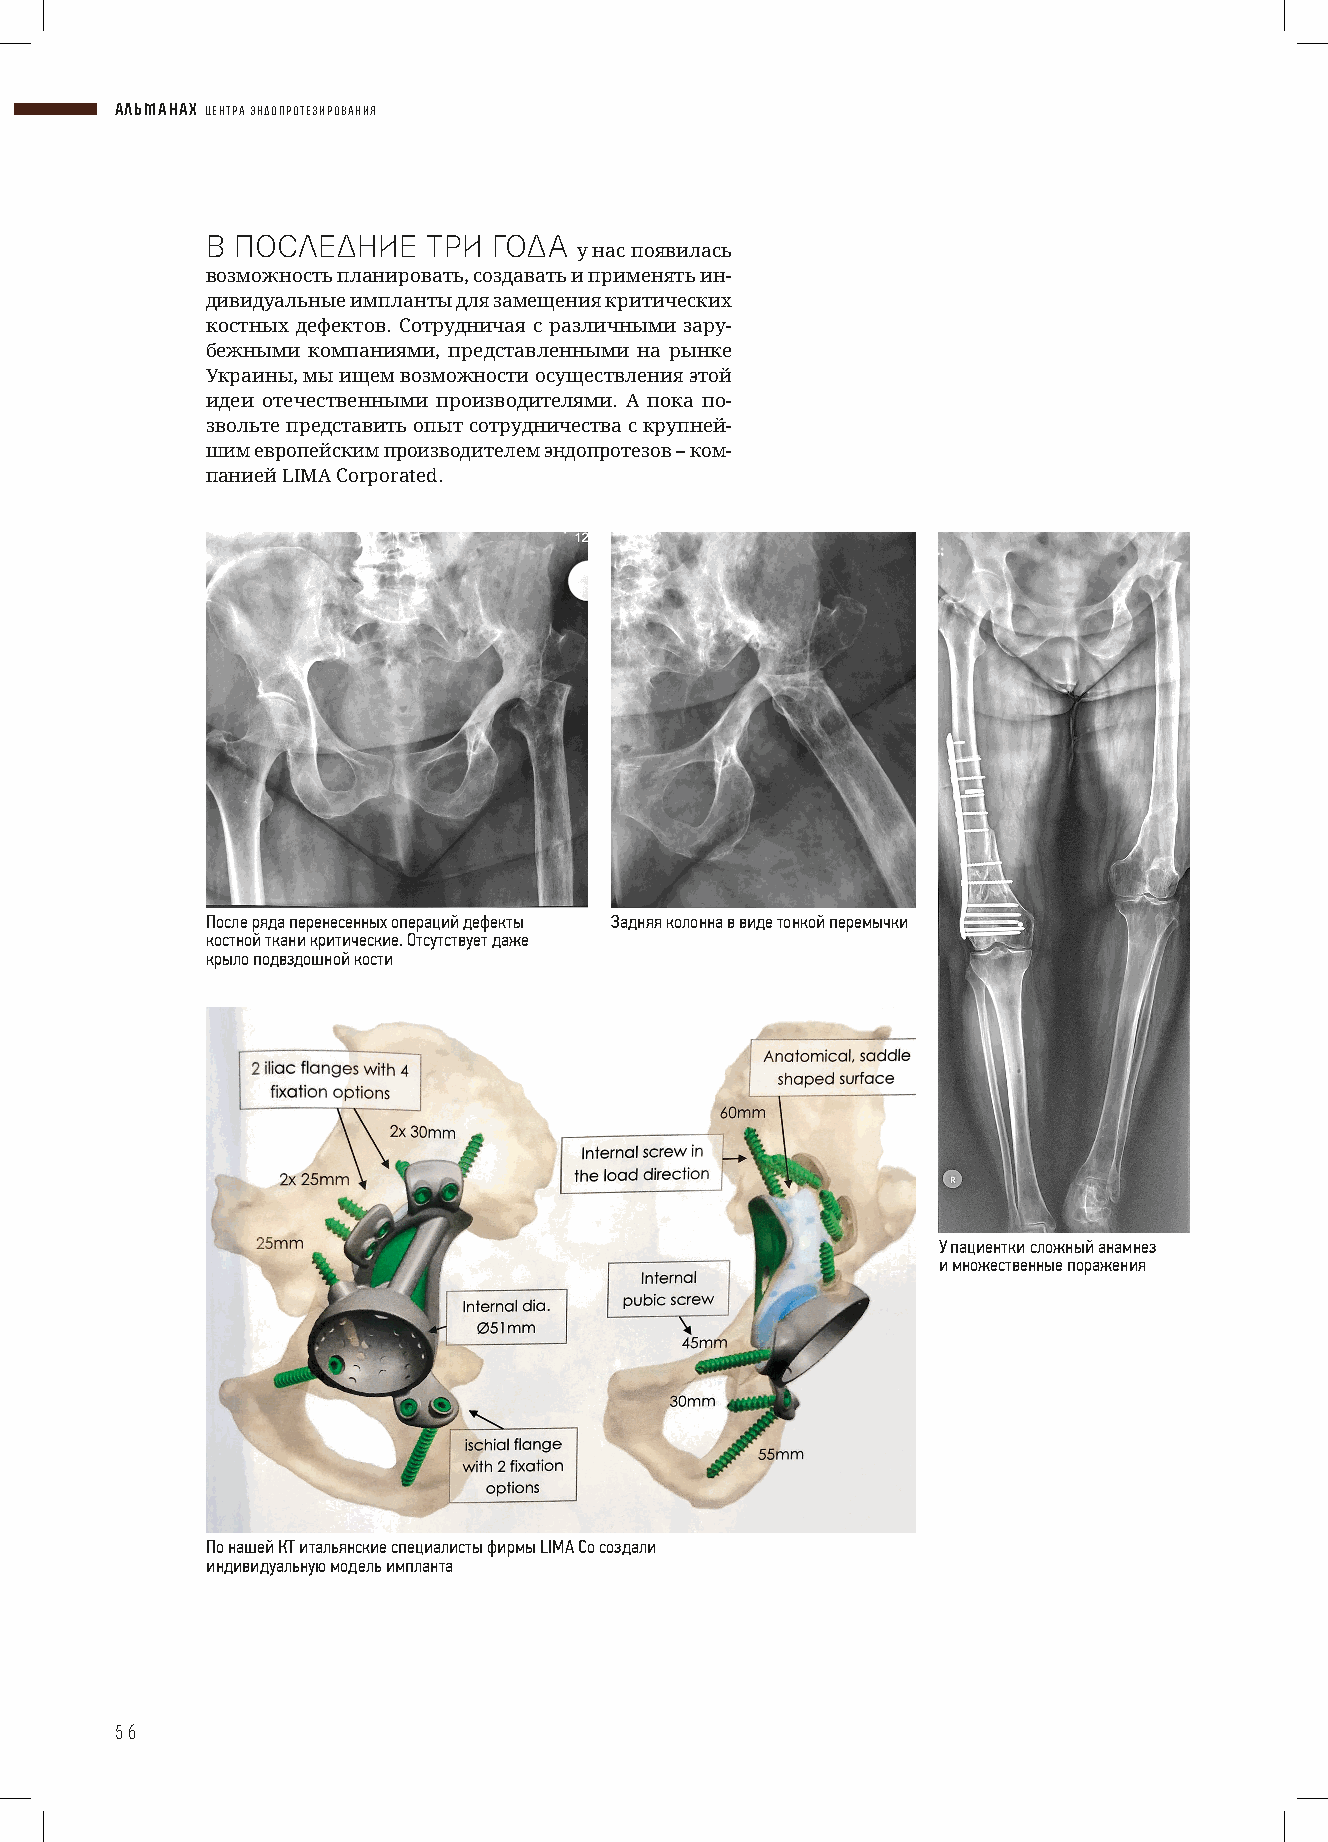
АЛЬМАНАХ ЦЕНТРА ЭНДОПРОТЕЗИРОВАНИЯ
 В ПОСЛЕДНИЕ   ТРИ  ГОДА
 у нас появилась
 возможность планировать, создавать и применять ин-
 дивидуальные импланты для замещения критических
 костных дефектов. Сотрудничая с различными зару-
 бежными компаниями, представленными на рынке
 Украины, мы ищем возможности осуществления этой
 идеи отечественными производителями. А пока по-
 звольте представить опыт сотрудничества с крупней-
 шим европейским производителем эндопротезов – ком-
 панией LIMA Corporated.
 После ряда перенесенных операций дефекты Задняя колонна в виде тонкой перемычки
 костной ткани критические. Отсутствует даже
 крыло подвздошной кости
 У пациентки сложный анамнез
 и множественные поражения
 По нашей КТ итальянские специалисты фирмы LIMA Co создали
 индивидуальную модель импланта
 56